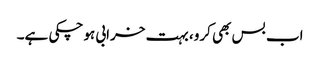
اب بس بھی کرو، بہت خرابی ہوچکی ہے۔